Lunatic asylums United Provinces 1909-1921 - 1909-1921
Year: 1909
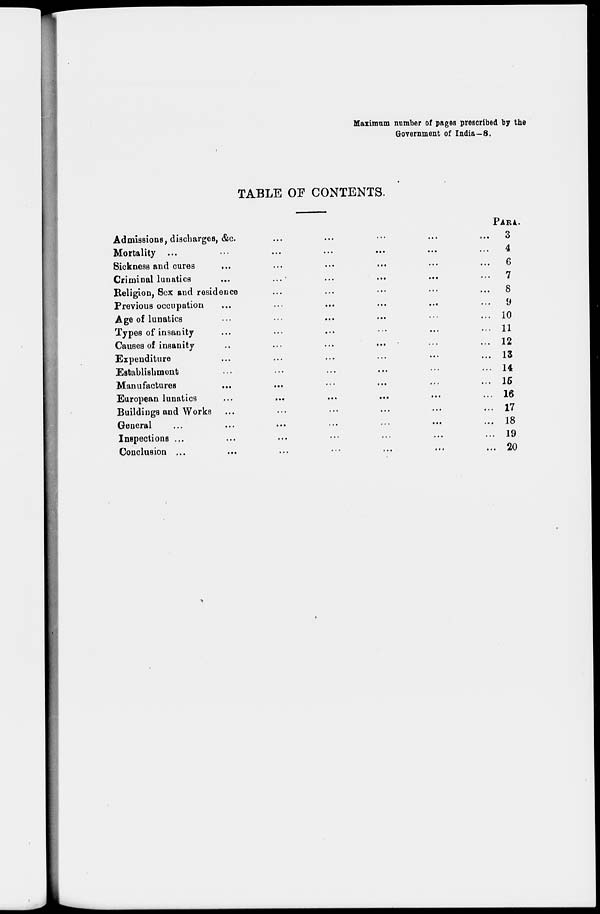
Maximum number of pages prescribed by the
Government of India—8.
TABLE OF CONTENTS.
Admissions, discharges, &c. ... ... ... ... ...
Mortality ... ... ... ... ... ...
Sickness and cures ... ... ... ... ... ...
Criminal lunatics ... ... ... ... ... ...
Religion, Sex and residence ... ... ... ... ...
Previous occupation ... ... ... ... ... ...
Age of lunatics ... ... ... ... ... ...
Types of insanity ... ... ... ... ... ...
Causes of insanity ... ... ... ... ... ...
Expenditure ... ... ... ... ... ...
Establishment ... ... ... ... ... ...
Manufactures ... ... ... ... ... ...
European lunatics ... ... ... ... ... ...
Buildings and Works ... ... ... ... ... ...
General ... ... ... ... ... ...
Inspections ... ... ... ... ... ... ...
Conclusion ... ... ... ... ... ... ...
PARA.
3
4
6
7
8
9
10
11
12
13
14
15
16
17
18
19
20